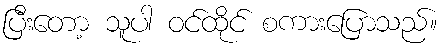
ပြီးတော့ သူပါ ဝင်ထိုင် စကားပြောသည်။